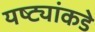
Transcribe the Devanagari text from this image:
यष्ट्यांकडे